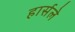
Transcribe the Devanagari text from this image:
हार्सले